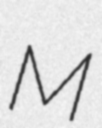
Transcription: M